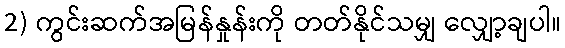
2) ကွင်းဆက်အမြန်နှုန်းကို တတ်နိုင်သမျှ လျှော့ချပါ။